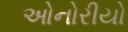
ઓનોરીયો